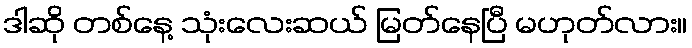
ဒါဆို တစ်နေ့ သုံးလေးဆယ် မြတ်နေပြီ မဟုတ်လား။